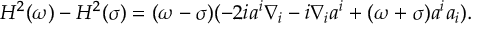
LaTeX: H ^ { 2 } ( \omega ) - H ^ { 2 } ( \sigma ) = ( \omega - \sigma ) ( - 2 i a ^ { i } \nabla _ { i } - i \nabla _ { i } a ^ { i } + ( \omega + \sigma ) a ^ { i } a _ { i } ) .